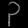
Digit: ၃